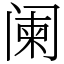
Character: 阑